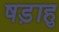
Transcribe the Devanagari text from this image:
षड़ाहु